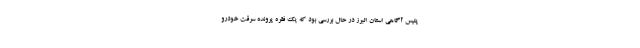
پلیس آگاهی استان البرز در حال بررسی بود که یک فقره پرونده سرقت خودرو